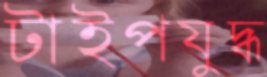
টাইপযুদ্ধ